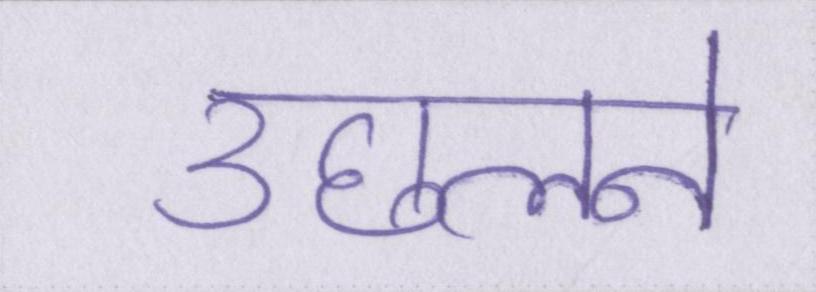
उछलने